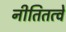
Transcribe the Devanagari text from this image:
नीतितत्वे